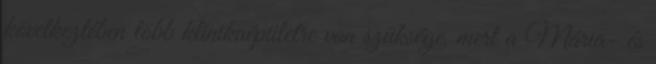
következtében több klinikaépületre van szüksége, mert a Mária- és